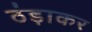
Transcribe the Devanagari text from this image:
ठंड़ाकर